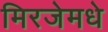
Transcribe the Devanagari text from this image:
मिरजेमधे